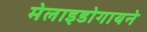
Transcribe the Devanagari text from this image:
मेलाइडोगायने